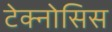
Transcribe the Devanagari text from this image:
टेक्नोसिस